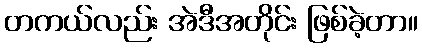
တကယ်လည်း အဲဒီအတိုင်း ဖြစ်ခဲ့တာ။